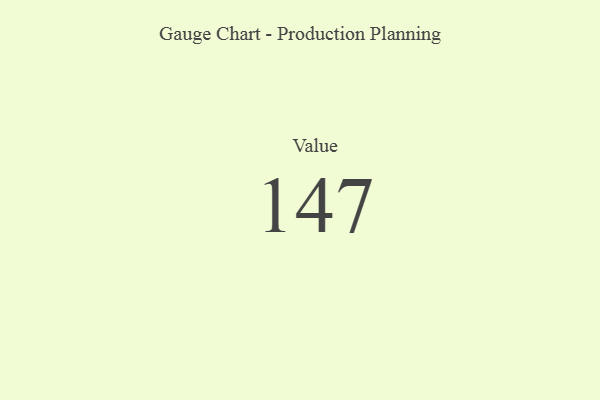
{"axis": {"x": "Metric", "y": "Value"}, "legend": [""], "data": [{"x": "Value", "y": 147, "type": ""}]}